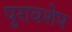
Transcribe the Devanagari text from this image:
पुरावशेप